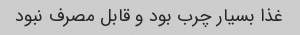
غذا بسیار چرب بود و قابل مصرف نبود